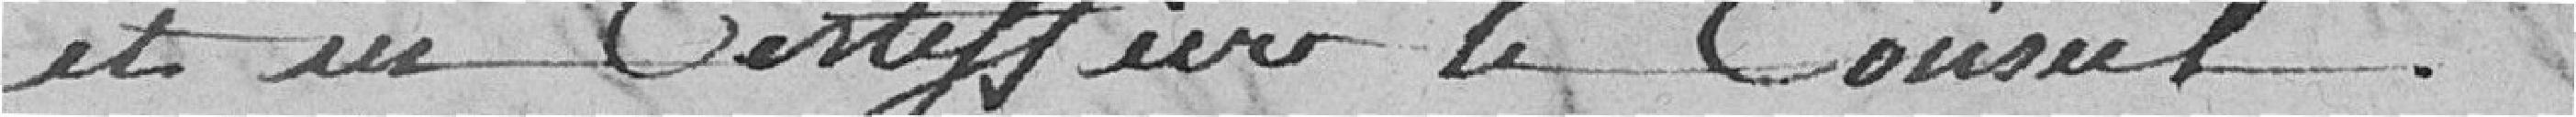
et en Certifier le Conseil